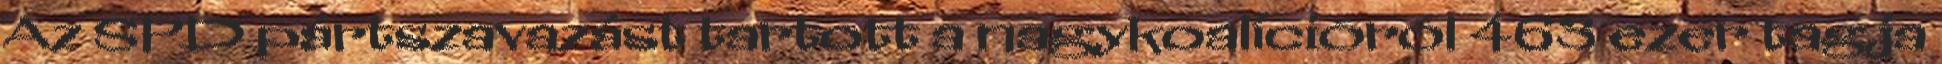
Az SPD pártszavazást tartott a nagykoalícióról 463 ezer tagja